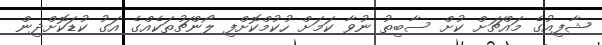
ޝާފިއުގެ މައްޗަށް ކުށް ސާބިތު ނުވާ ކަމަށް ހުކުމްކޮށްފި ލޯންޗުތަކެއްގެ އަގު ކުޑަކޮށްދިން